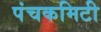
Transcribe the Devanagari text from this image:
पंचकमिटी